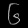
Digit: ၆